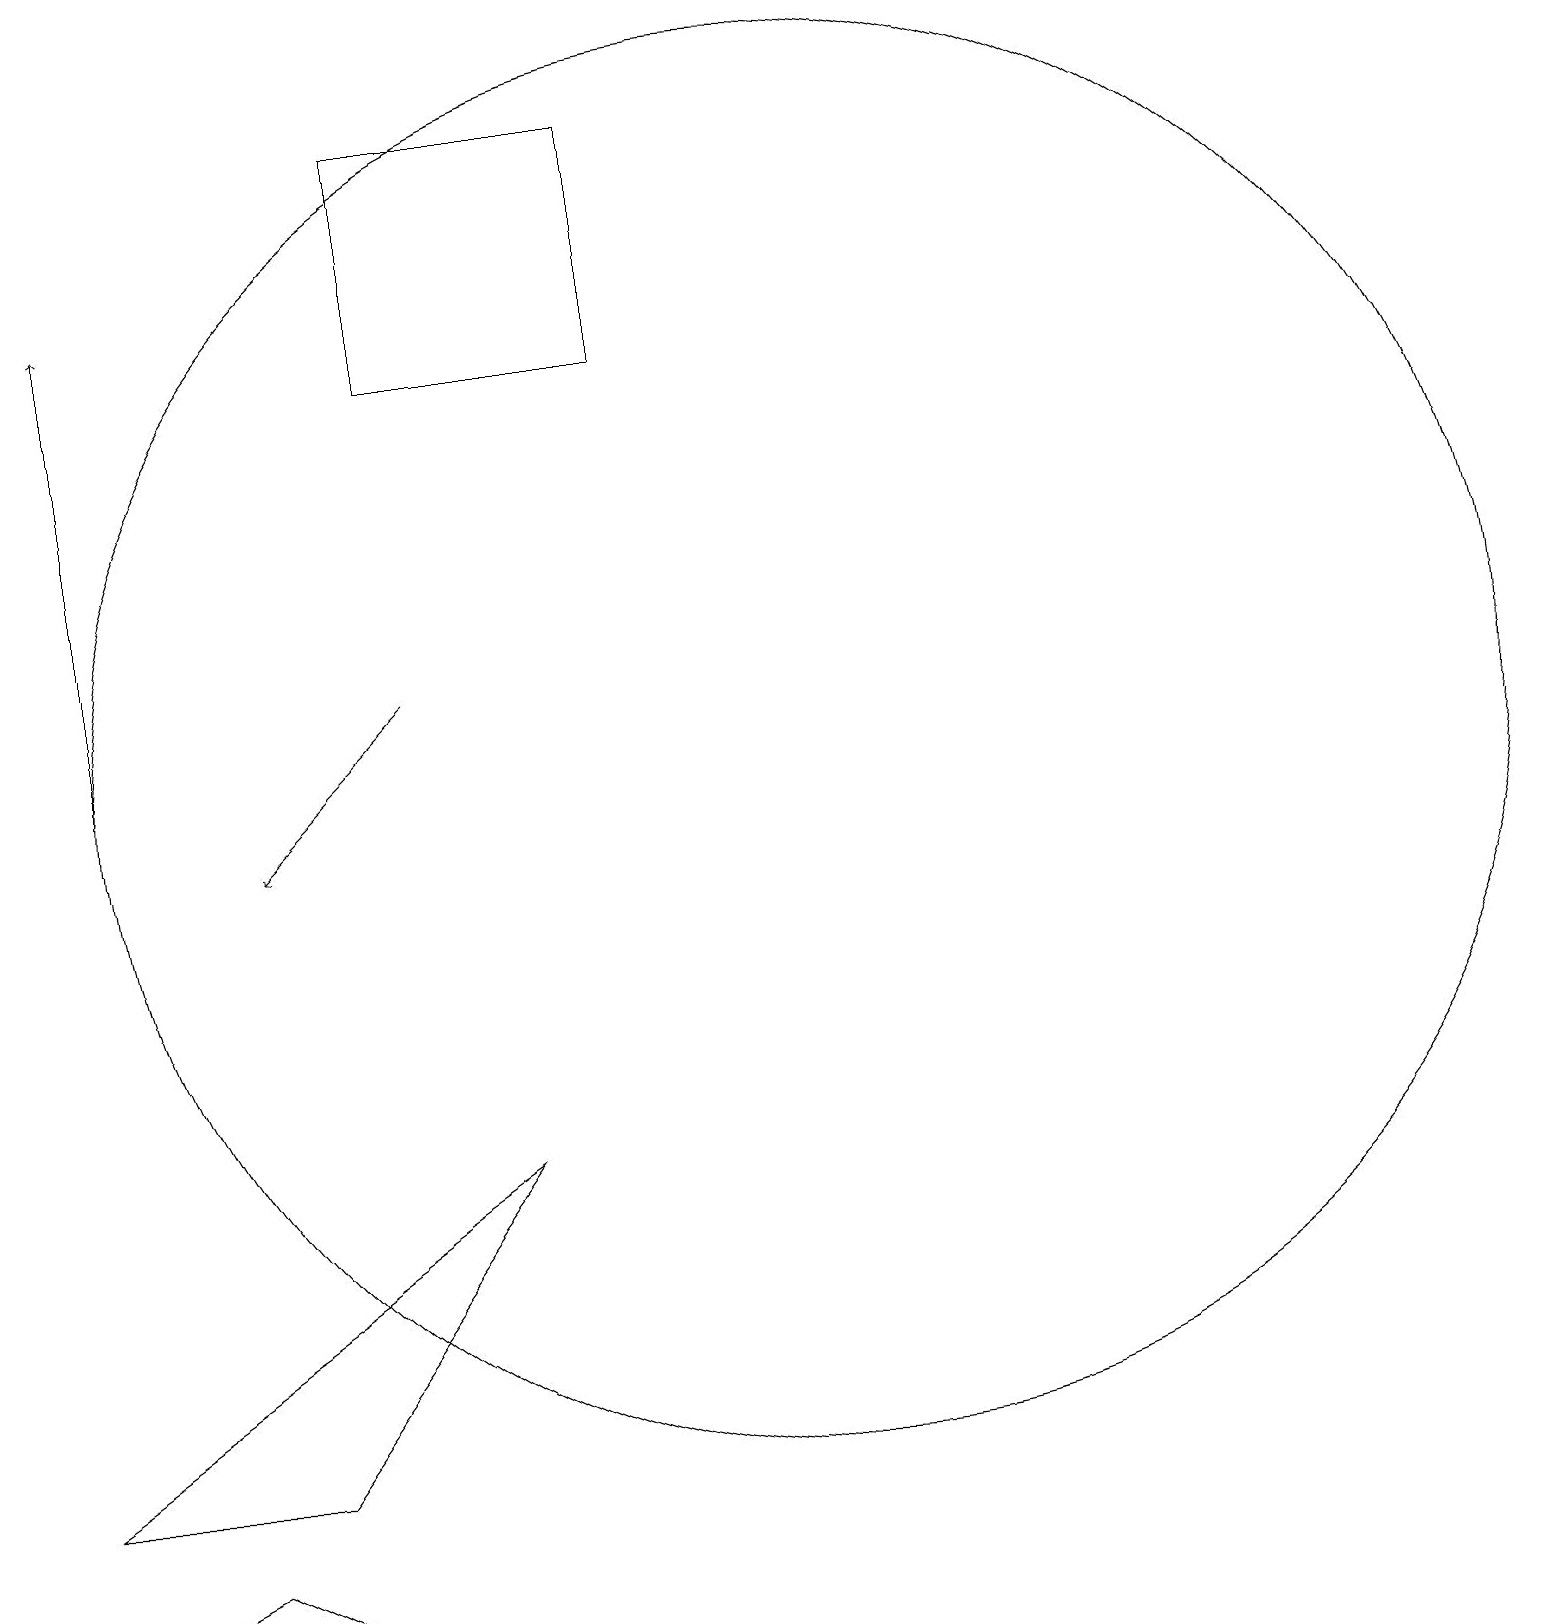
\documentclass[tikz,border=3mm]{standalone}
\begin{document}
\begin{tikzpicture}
\draw[->] (1,11) -- (1,17);
\draw (8,19) rectangle (5,16);
\draw[->] (5,12) -- (3,10);
\draw (0,2) -- (6,6) -- (3,2) -- cycle;
\draw (10,11) circle (9);
\draw (2,1) -- (0,0) -- (4,0) -- cycle;
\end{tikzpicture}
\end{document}